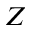
Z